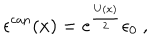
\epsilon ^ { \mathrm { c a n } } ( x ) = e ^ { \frac { U ( x ) } { 2 } } \epsilon _ { 0 } \ ,